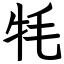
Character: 牦